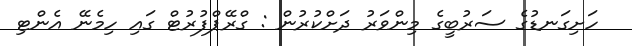
ހަށިގަނޑުގެ ސަރުބީގެ މިންވަރު ދަށްކުރުން : ގްރޭޕްފުރުޓް ގައި ހިމެނޭ އެންޓި